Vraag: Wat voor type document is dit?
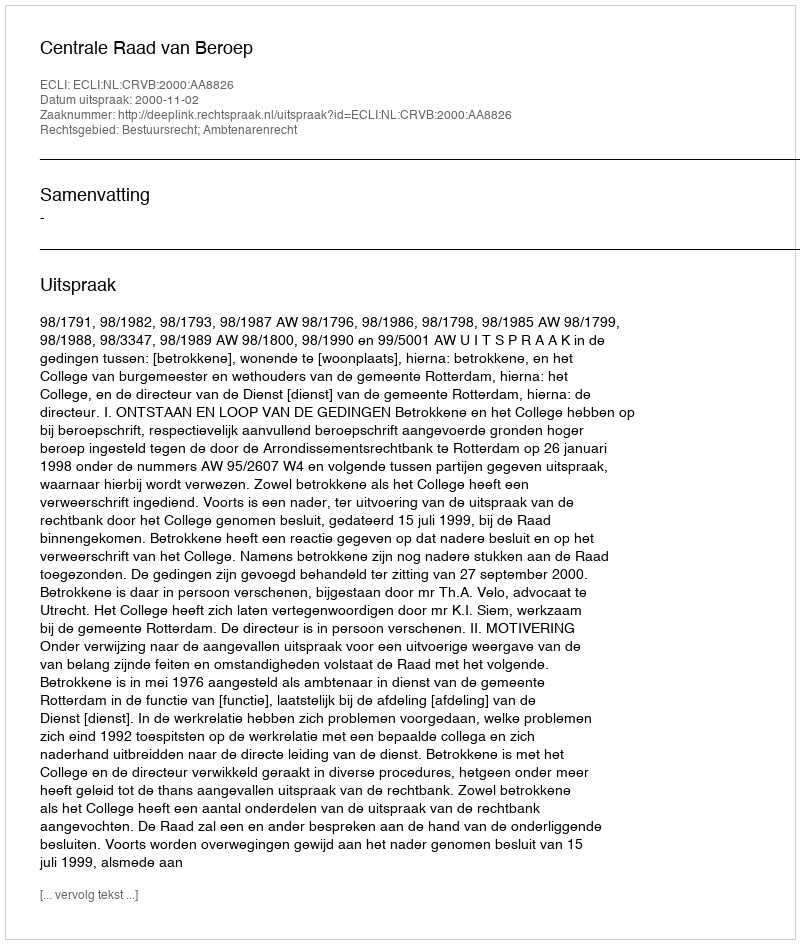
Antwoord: Uitspraak